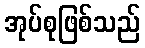
အုပ်စုဖြစ်သည်